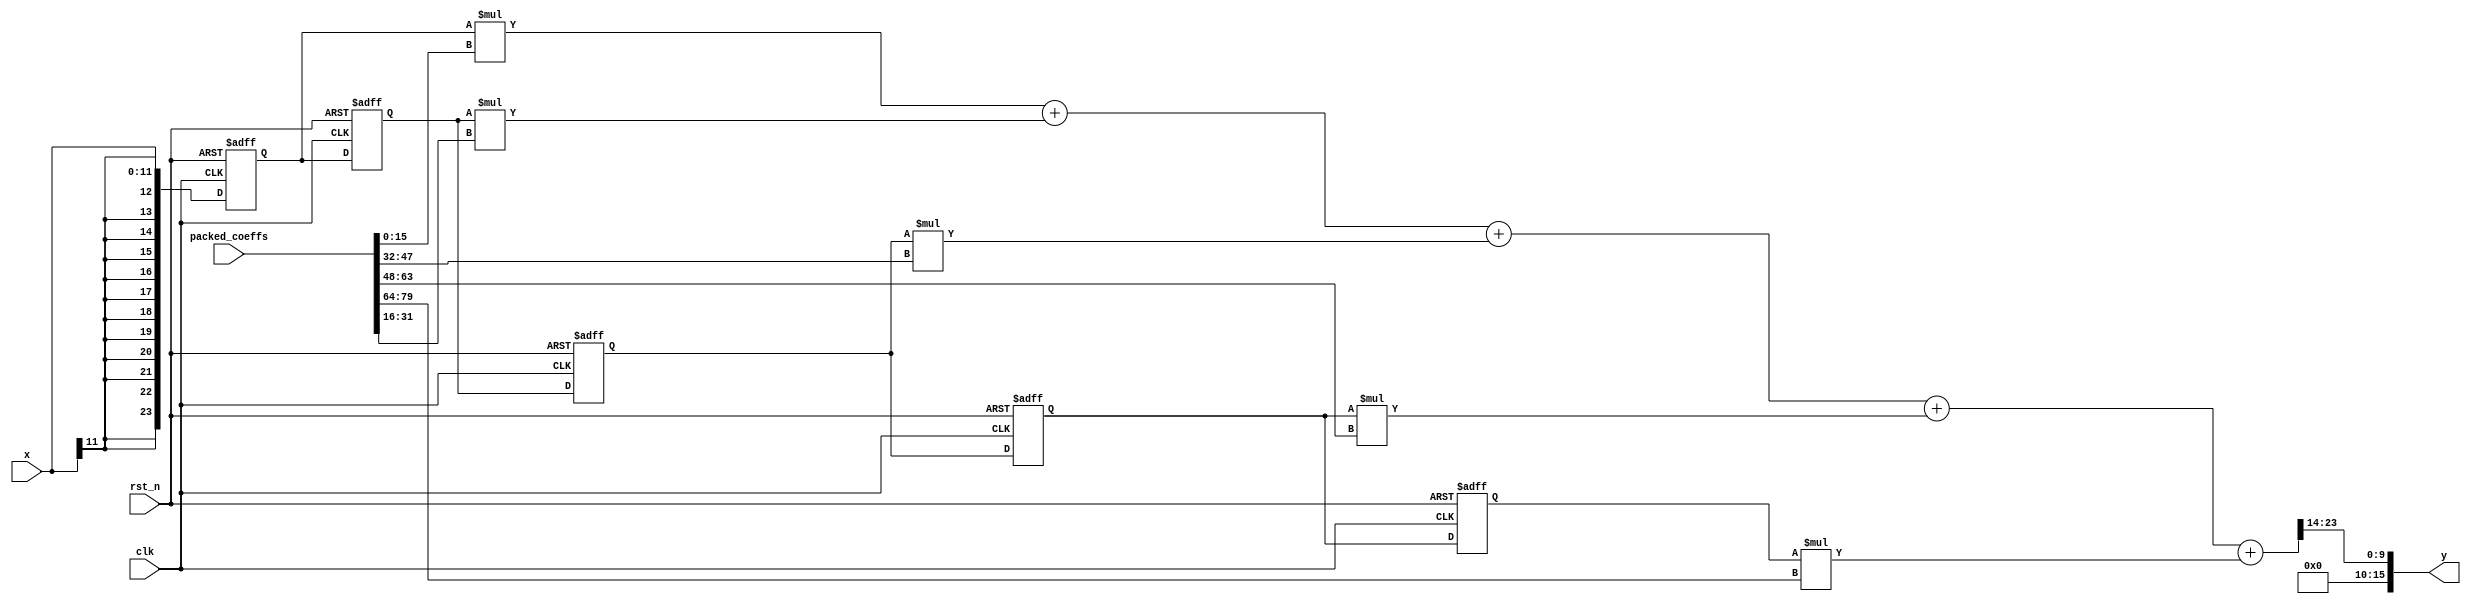
`timescale 1ns / 1ps
//////////////////////////////////////////////////////////////////////////////////
// Company: 
// 
// Design Name:    fir_ref
// Module Name:    fir_ref.v 
// Project Name:   FPGA Mixed Signal Oscilloscope
// Target Devices: 
// Tool versions: 
// Description: 	A simple and configurable FIR filter implmentation.
//						This implmentation is in no way optimised.
//
// Dependencies: 
//
// Revision: 
// Revision 0.01 - File Created
// Additional Comments: 
// License:        https://www.apache.org/licenses/LICENSE-2.0
//
//////////////////////////////////////////////////////////////////////////////////
module fir_ref
#(
	// characteristics
	parameter N = 4,							// order
	
	// precision
	parameter X_WIDTH = 12,					// input vertical precision
	parameter Y_WIDTH = 16,					// ouput vertical precision
	parameter PRECISION = 24,				// internal vertical precision
	parameter COEFF_WIDTH = 16,			// coefficient precision
	parameter Q = 14							// coefficient scale factor index (2^Q)
)
(
	 input rst_n,											// reset
    input clk,												// clock
    input signed [X_WIDTH-1:0] x,					// input
    input [(COEFF_WIDTH*(N+1))-1:0] packed_coeffs,	// packed coefficients
    output signed [Y_WIDTH-1:0] y								// output
    );
	
	reg signed[PRECISION-1:0] z [0:N];					// delay line
	wire signed[PRECISION-1:0] m [0:N];					// accumulator
	wire signed [COEFF_WIDTH-1:0] h [0:N];				// unpacked coefficients
	
	//wire signed [PRECISION-1:0] _x;							// preconditioned input
	wire signed [PRECISION-1:0] _y;							// pre-scaled output
	
	assign _y = m[N];
	assign y = _y >> Q;
	
	// input conditioning
	/*width_convertor #( .INPUT_WIDTH(X_WIDTH), .OUTPUT_WIDTH(PRECISION) )
		input_width_convertor (
			.in(x),
			.out(_x)	);*/
	
	// output conditioning
	/*width_convertor #( .INPUT_WIDTH(PRECISION), .OUTPUT_WIDTH(Y_WIDTH) )
		output_width_convertor (
			.in(_y),
			.out(y) );*/
				
	genvar t;
	generate
		for (t = 0; t < (N+1) ; t = t + 1) begin : for_taps
			assign h[t] = packed_coeffs[((COEFF_WIDTH*t)+COEFF_WIDTH)-1:COEFF_WIDTH*t];
			if (t == 0) begin : sum_initial
				assign m[t] = z[t] * h[t];
			end else begin : sum_cascade
				assign m[t] = m[t-1] + (z[t] * h[t]);
			end
		end
	endgenerate
	
	integer i;
	always @(posedge clk or negedge rst_n) begin
		if (!rst_n) begin
			for (i = 0; i < (N+1) ; i = i + 1) begin : delay_line_reset
				z[i] <= 0;
			end
		end else begin
			z[0] <= x;
			for (i = 1; i < (N+1) ; i = i + 1) begin : delay_line_cascade
				z[i] <= z[i-1];
			end
		end
	end
	
endmodule